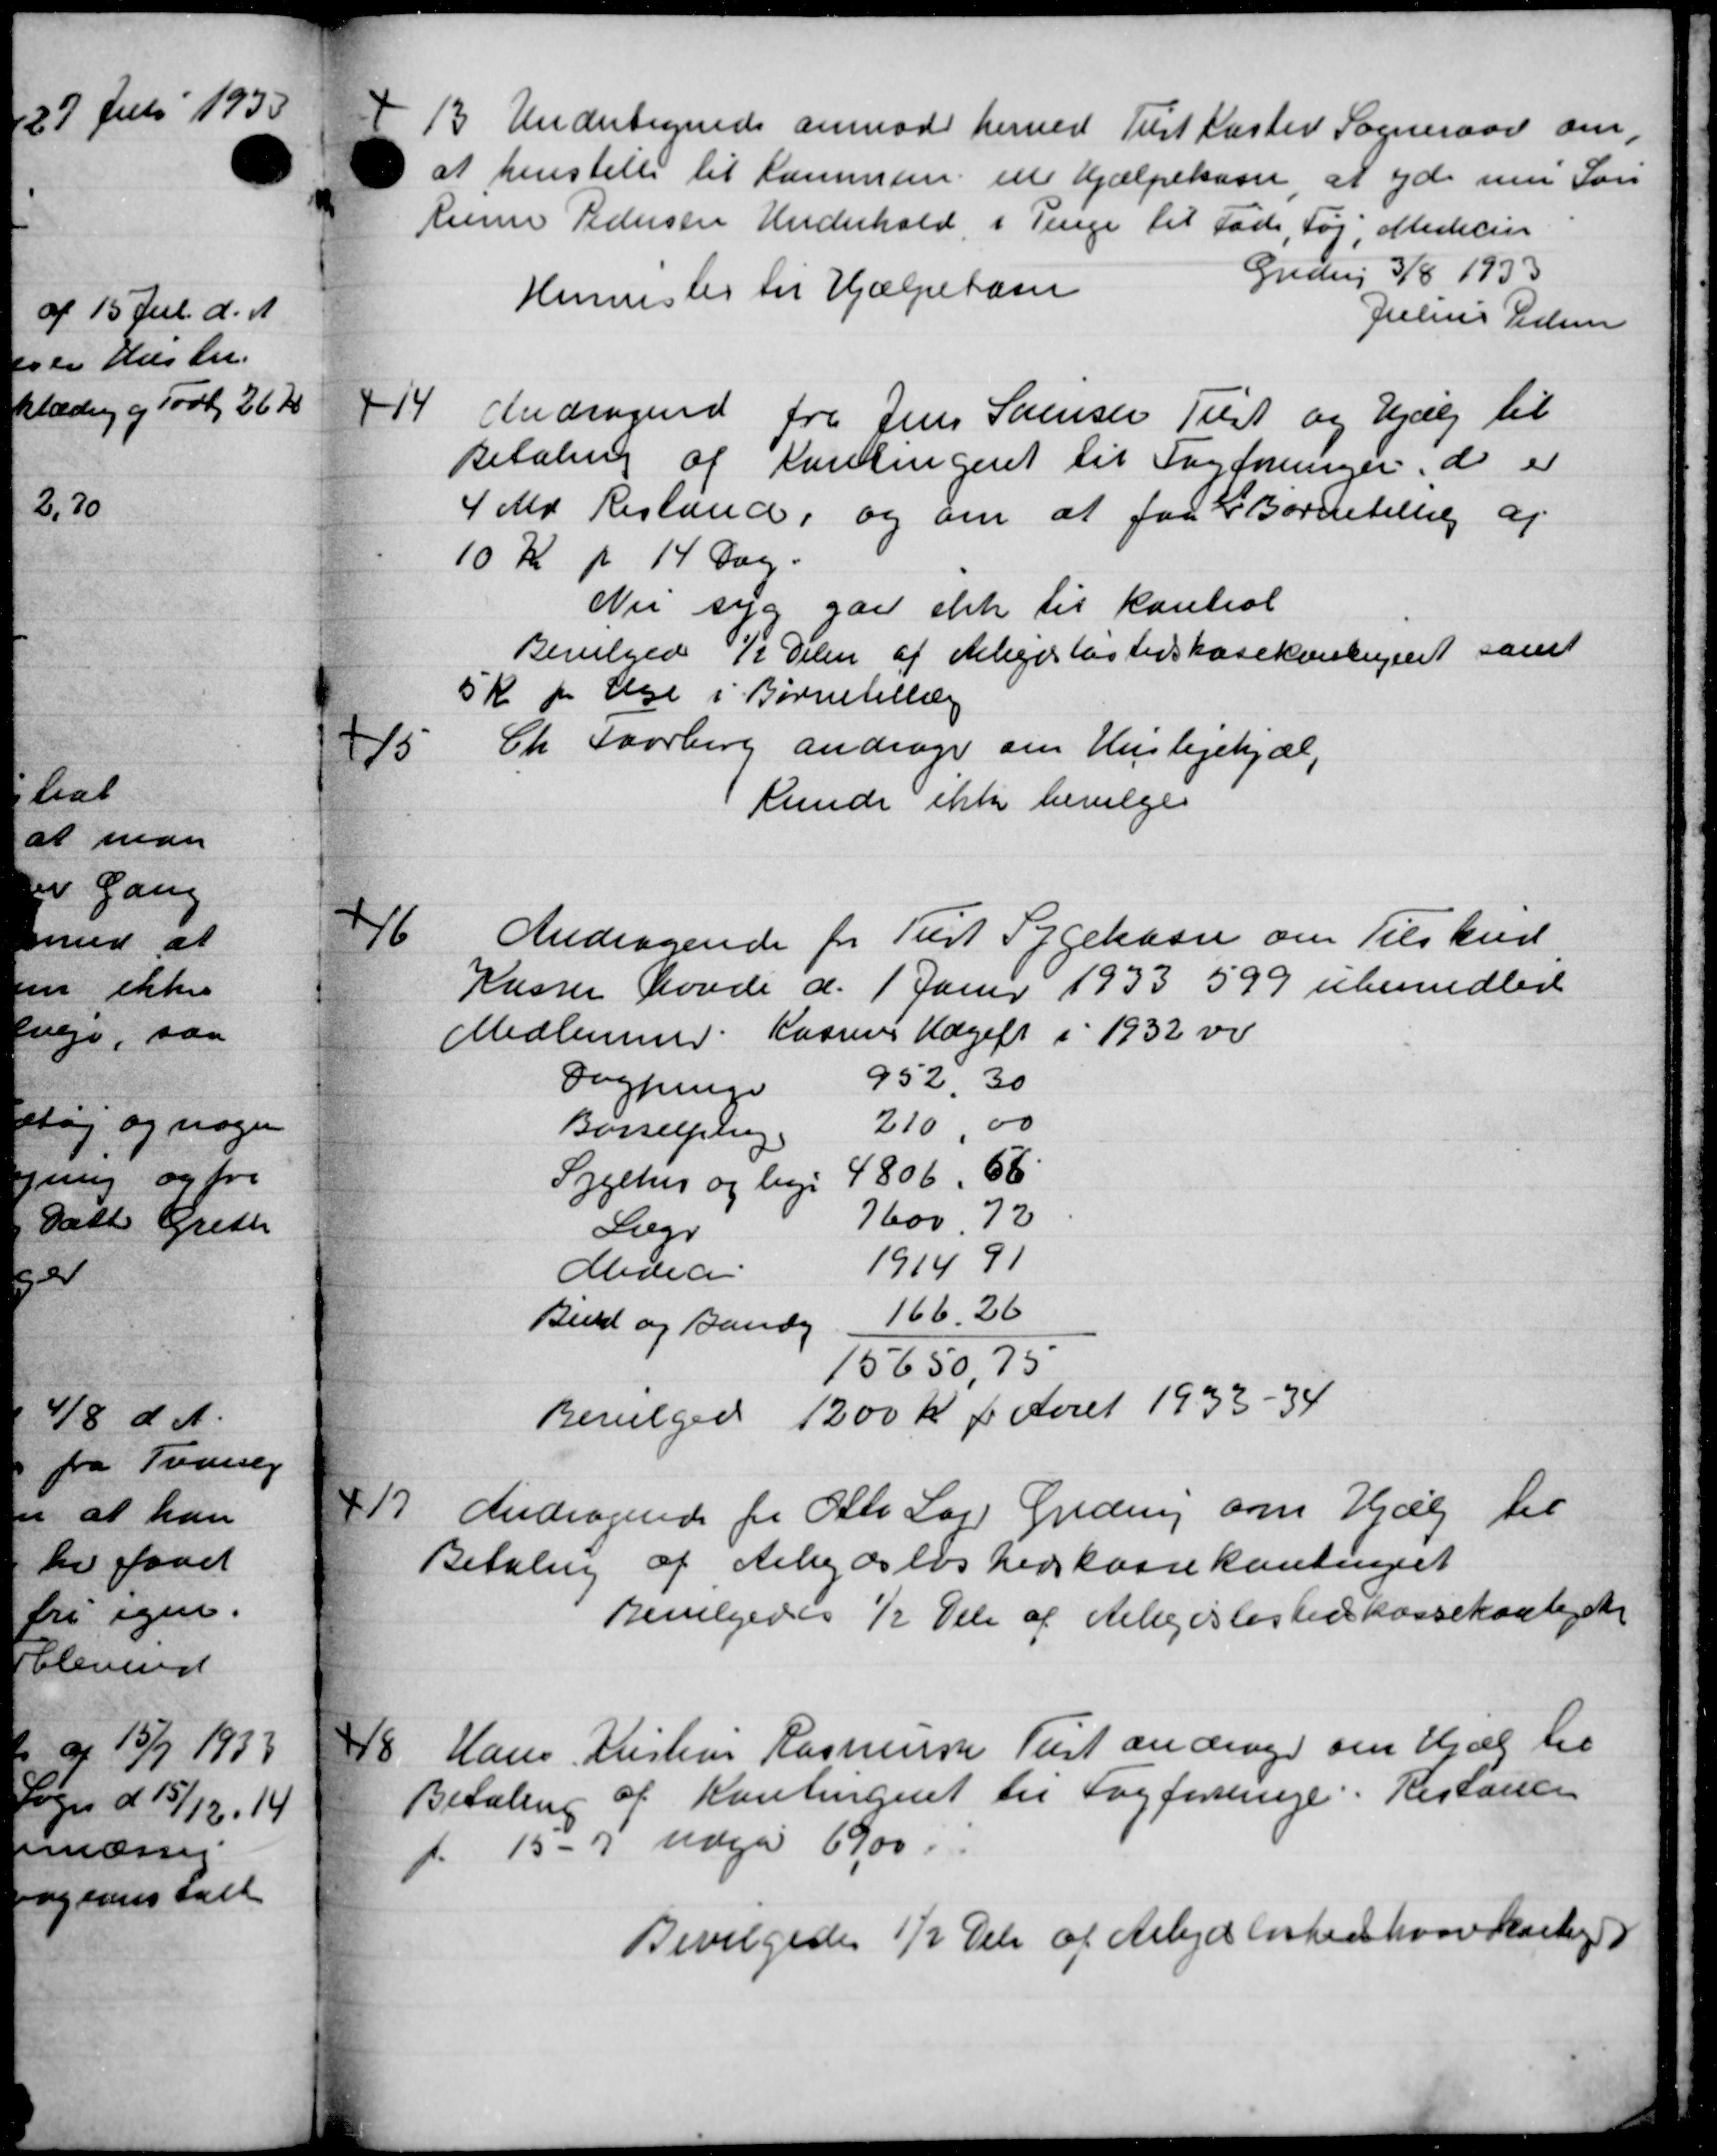
Transskription:
13
Undertegnede anmode herved Tust Kaster Sogneraad om,
at henstille til Kommen til Hjælpekasse at yde nu Sorø
Runne Pedersen Underhold i Penge til Fade, Tøj, Medicin
Gredvej 3/8 1933
Hermester til Hjælpekasse
Julius Vidsen
14
Andragende fra Jens Sørensen Tilst og Hjælp til
Betaling af Kontingent til Fagforeninger, de er
4 Md Restand, og om at faa i Bornetillig af
10 Kr pr 14 Dag.
Ni syg gaa ikke til kontrol
Bevilgedes 12 Delen af Arbejdsløshedskassekontingent samt
5 Kr pr Uge i Børnetillæg
15
Ch. Faarberg andrager om Huslejehjæl,
kunde ikke bevilges
16
Andragende for Tust Sygekasse om Tilskud
Kasser Lovde d. 1 Janur 1933 599 ubemidler
Medlemmer Kassens Udgift i 1932 vi
Dagninge
952.30
Barselpling
210,00
Sygehus og lige
4806,56
Læge
7600,72
Medeci
191491
Bind og Bandy
16626
15650,75
Bevilgede 1200 Kr pr Aaret 1933 - 34
17.
Andragende fra Otto Lag Greding om Hjælp til
Betaling af Arbejdsløshedskassekontingent
Bevilgedes ½ Del af Arbejdsløshedskassekanteret
18.
Hans Kristens Rasmussen Tust andrager om Hjælp til
Betaling af Kontingent til Fagforrige: Restance
f. 15 - 7 udgør 6900.
Bevilgedes ½ Del af Arbejdsløshed hvor Karbe